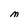
Character: M